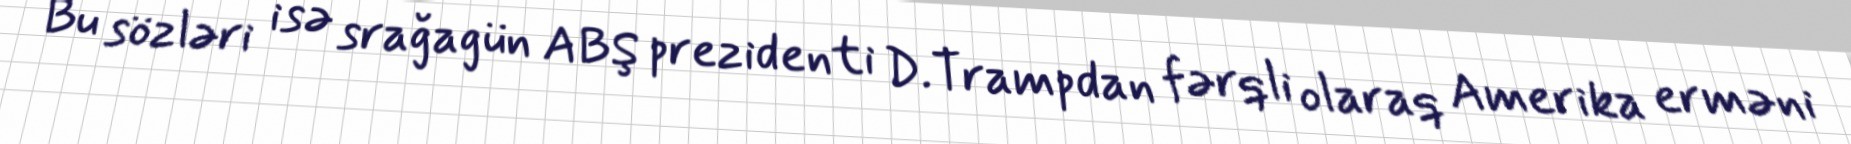
Bu sözləri isə srağagün ABŞ prezidenti D.Trampdan fərqli olaraq Amerika erməni